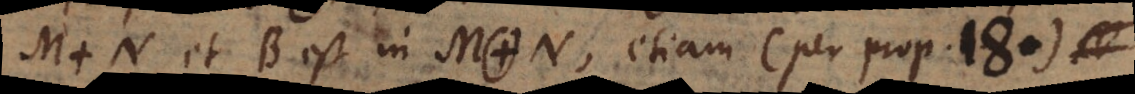
M. N et B est in M. N, etiam (per prop. 18)